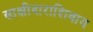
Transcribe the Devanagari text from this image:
साक्षीदाराशिवाय